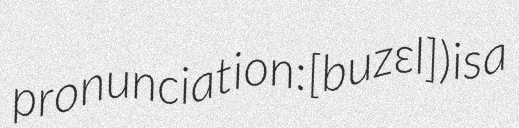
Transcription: pronunciation: ​[buzɛl]) is a